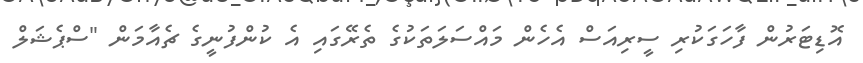
އޮޑިޓަރުން ފާހަގަކުރި ސީރިއަސް އެހެން މައްސަލަތަކުގެ ތެރޭގައި އެ ކުންފުނީގެ ޗެއާމަން "ސްޕެޝަލް